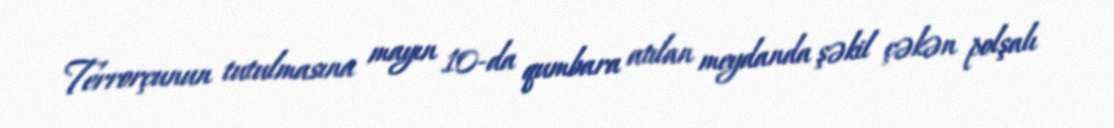
Terrorçunun tutulmasına mayın 10-da qumbara atılan meydanda şəkil çəkən polşalı